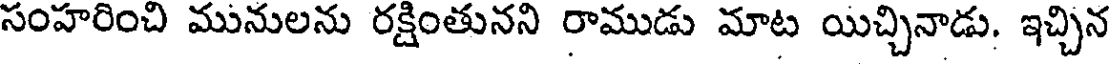
సంహరించి మునులను రక్షింతునని రాముడు మాట యిచ్చినాడు. ఇచ్చిన